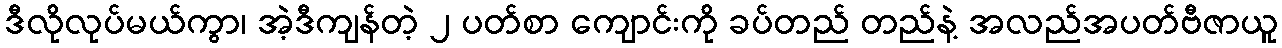
ဒီလိုလုပ်မယ်ကွာ၊ အဲ့ဒီကျန်တဲ့ ၂ ပတ်စာ ကျောင်းကို ခပ်တည် တည်နဲ့ အလည်အပတ်ဗီဇာယူ